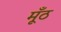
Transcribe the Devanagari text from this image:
मूँठ